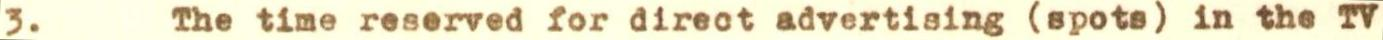
3. The time reserved for direct advertising (spots) in the TV